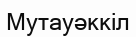
Мутауәккіл